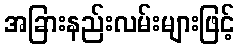
အခြားနည်းလမ်းများဖြင့်